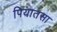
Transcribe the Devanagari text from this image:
पियातसा